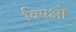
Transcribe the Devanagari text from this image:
विपक्षों